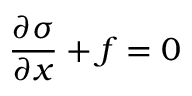
{ \frac { \partial \sigma } { \partial x } } + f = 0